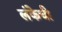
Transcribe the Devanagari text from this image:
लंकेची